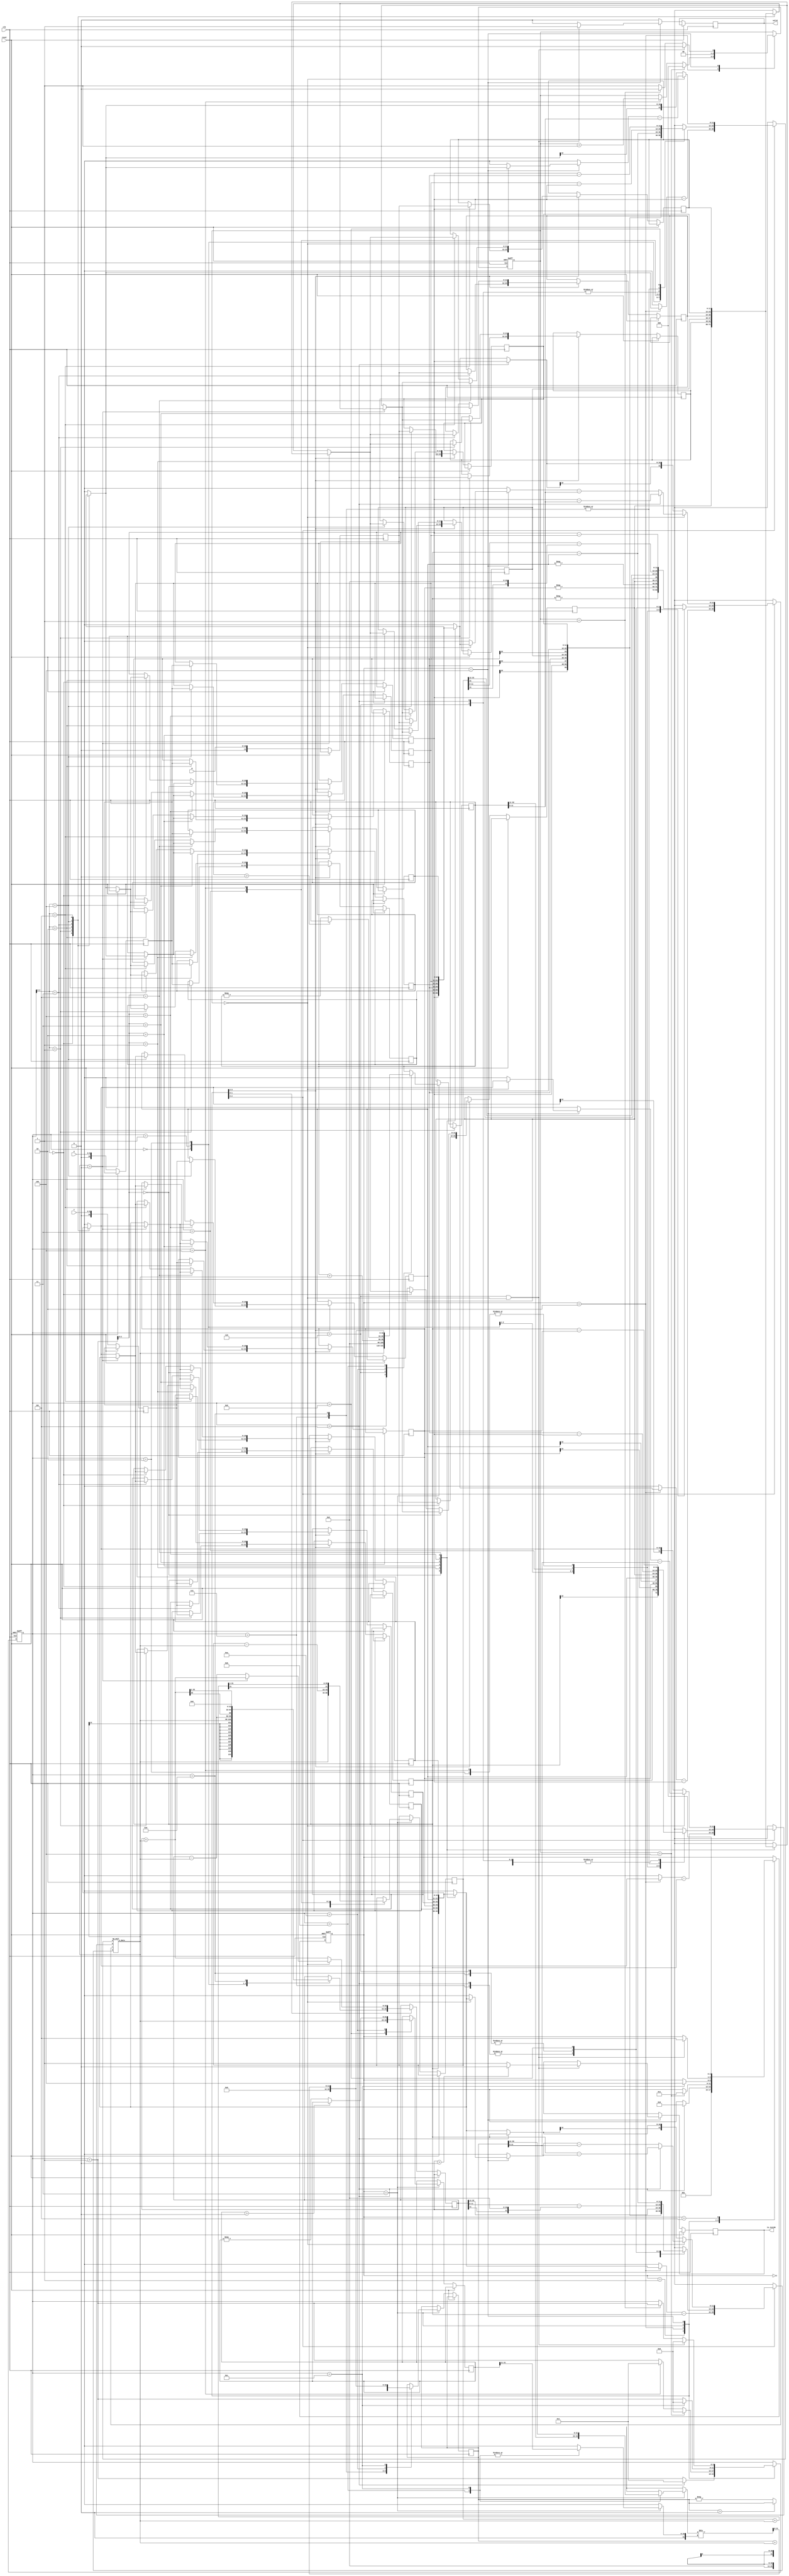
module geofence ( clk,reset,X,Y,R,valid,is_inside);
input clk;
input reset;
input [9:0] X;
input [9:0] Y;
input [10:0] R;
output valid;
output is_inside;

parameter S_IDLE = 0;
parameter S_COLLECT = 1;
parameter S_SORT = 2;
parameter S_COORD = 3;
parameter S_FINAL = 4;
parameter S_WAIT = 5;
parameter S_DIVX = 6;
parameter S_DIVY = 7;

reg signed [10:0] X_r;
reg signed [10:0] Y_r;
reg signed [11:0] R_r;

reg signed [10:0] X_ary [0:5], X_ary_r [0:5];
reg signed [10:0] Y_ary [0:5], Y_ary_r [0:5];
reg signed [11:0] R_ary [0:5], R_ary_r [0:5];

reg [2:0] state, state_r;
reg [5:0] counter, counter_r;
reg [2:0] counter2, counter2_r;

reg signed [11:0] a, b, c, d;
wire signed [21:0] o_data;
reg signed [21:0] DET, DET_r;

reg signed [21:0] B4, B4_r, DIF_r, DIF;
reg signed [32:0] B2, B2_r;
reg signed [32:0] X_ref, Y_ref, X_ref_r, Y_ref_r;
reg signed [11:0] X_ref_norm, Y_ref_norm, X_ref_norm_r, Y_ref_norm_r;


reg valid_r, valid_w;
reg is_inside_r, is_inside_w;

reg [21:0] top;
reg [11:0] down;
wire [11:0] div_data;

assign div_data = (top / down);

integer i;

op_unit u_op_unit(
	.a(a),
	.b(b),
	.c(c),
	.d(d),
	.o_data(o_data)
);

// debug mode
// task cal_R;
// 	input signed [21:0] X_0;
// 	input signed [21:0] Y_0;
// 	input signed [21:0] X_ref;
// 	input signed [21:0] Y_ref;
// 	input signed [21:0] R_0;
// 	begin
// 		$display("R is %d for (%d,%d) %d", $sqrt((X_0-X_ref)*(X_0-X_ref)+(Y_0-Y_ref)*(Y_0-Y_ref)), X_0, Y_0, R_0);	
// 	end
// endtask

// always @(negedge clk) begin
// 	case(state_r)
// 		S_IDLE: begin
// 		end
// 		S_COLLECT: begin
// 			if(state == S_SORT) begin
// 				$display("Values in X_ary");
// 				$display("%d %d %d %d %d %d", X_ary[0], X_ary[1], X_ary[2], X_ary[3], X_ary[4], X_ary[5]);	
// 				$display("--------------------");
// 			end
// 		end
// 		S_SORT: begin
// 			// $display("Check (%d,%d) & (%d,%d) op %d SWAP? %d",a,b,c,d,o_data,o_data>0);
// 			// $display("Get (%d,%d) & (%d,%d) with ref (%d,%d)",X_ary_r[counter_r],Y_ary_r[counter_r],X_ary_r[counter_r+1],Y_ary_r[counter_r+1],X_ary_r[0],Y_ary_r[0]);
// 			// $display("%d %d %d %d %d %d", X_ary[0], X_ary[1], X_ary[2], X_ary[3], X_ary[4], X_ary[5]);	
// 			if(state == S_COORD) begin
// 				$display("Values in X_ary after sort");
// 				$display("%d %d %d %d %d %d", X_ary[0], X_ary[1], X_ary[2], X_ary[3], X_ary[4], X_ary[5]);	
// 				$display("--------------------");
// 			end
// 		end
// 		S_COORD: begin
// 			if(state == S_FINAL) begin
// 				$display("Getting (%d,%d) %d", X_ary_r[0], Y_ary_r[0], R_ary_r[0]);
// 				$display("Getting (%d,%d) %d", X_ary_r[2], Y_ary_r[2], R_ary_r[2]);
// 				$display("Getting (%d,%d) %d", X_ary_r[4], Y_ary_r[4], R_ary_r[4]);
// 				$display("The reference point is at (%d,%d)", X_ref, Y_ref);
// 				cal_R(X_ary_r[0],Y_ary_r[0],X_ref,Y_ref,R_ary_r[0]);
// 				cal_R(X_ary_r[1],Y_ary_r[1],X_ref,Y_ref,R_ary_r[1]);
// 				cal_R(X_ary_r[2],Y_ary_r[2],X_ref,Y_ref,R_ary_r[2]);
// 				cal_R(X_ary_r[3],Y_ary_r[3],X_ref,Y_ref,R_ary_r[3]);
// 				cal_R(X_ary_r[4],Y_ary_r[4],X_ref,Y_ref,R_ary_r[4]);
// 				cal_R(X_ary_r[5],Y_ary_r[5],X_ref,Y_ref,R_ary_r[5]);
// 				$display("X,Y ref are (%d,%d)", X_ref_r, Y_ref_r);
// 			end
// 		end
// 		S_FINAL: begin
// 			$display("o_data:%d B2_r:%d", o_data, B2_r);
// 		end
// 	endcase
	
// end



wire signed [11:0] cur_X, cur_Y, cur_R;
wire signed [11:0] next_X, next_Y, next_R;

assign valid = valid_r;
assign is_inside = is_inside_r;
assign cur_X = X_ary_r[counter_r];
assign cur_Y = Y_ary_r[counter_r];
assign cur_R = R_ary_r[counter_r];
assign next_X = X_ary_r[counter_r+1];
assign next_Y = Y_ary_r[counter_r+1];
assign next_R = R_ary_r[counter_r+1];

always @(*) begin
	state = state_r;
	counter = counter_r;
	counter2 = counter2_r;
	for(i=0;i<6;i=i+1) begin
		X_ary[i] = X_ary_r[i];
		Y_ary[i] = Y_ary_r[i];
		R_ary[i] = R_ary_r[i];
	end
	a = 11'sbx;
	b = 11'sbx;
	c = 11'sbx;
	d = 11'sbx;
	B4 = B4_r;
	B2 = B2_r;
	X_ref = X_ref_r;
	Y_ref = Y_ref_r;
	X_ref_norm = X_ref_norm_r;
	Y_ref_norm = Y_ref_norm_r;
	DIF = DIF_r;
	valid_w = 0;
	is_inside_w = 1'bx;
	DET = DET_r;
	top = 11'bx;
	down = 11'bx;
	case(state_r)
		S_IDLE: begin
			state = S_COLLECT;
			X_ref_norm = 0;
			Y_ref_norm = 0;
		end
		S_COLLECT: begin
			counter = counter_r + 1;
			X_ary[counter_r] = X_r;
			Y_ary[counter_r] = Y_r;
			R_ary[counter_r] = R_r; 
			if(counter_r == 5) state = S_SORT;
			if(counter_r == 5) counter = 1;
		end
		S_SORT: begin
			a = X_ary_r[counter_r] - X_ary_r[0];
			b = Y_ary_r[counter_r] - Y_ary_r[0];
			c = X_ary_r[counter_r+1] - X_ary_r[0];
			d = Y_ary_r[counter_r+1] - Y_ary_r[0];
			// swap if +
			X_ary[counter_r] = (o_data > 0) ? next_X : cur_X;
			Y_ary[counter_r] = (o_data > 0) ? next_Y : cur_Y;
			R_ary[counter_r] = (o_data > 0) ? next_R : cur_R;
			X_ary[counter_r+1] = (o_data > 0) ? cur_X : next_X;
			Y_ary[counter_r+1] = (o_data > 0) ? cur_Y : next_Y;
			R_ary[counter_r+1] = (o_data > 0) ? cur_R : next_R;
			// counter update 
			counter = (counter2_r == 4) ? 0 : (counter_r == 4) ? 1 : counter_r + 1;
			counter2 = (counter2_r == 4) ? 0 : (counter_r == 4) ? counter2_r + 1 : counter2_r;
			if(counter2_r == 4) state = S_COORD;
		end
		S_COORD: begin
			counter = counter_r + 1;
			case(counter_r) 
				0: begin // P0^2
					a = X_ary_r[0];
					b = Y_ary_r[0];
					c = -Y_ary_r[0];
					d = X_ary_r[0];
					B2 = o_data;
					B4 = o_data;
				end
				1: begin // P2^2
					a = X_ary_r[2];
					b = Y_ary_r[2];
					c = -Y_ary_r[2];
					d = X_ary_r[2];
					B2 = B2_r - o_data;
				end
				2: begin // R2^2-R0^2
					a = R_ary_r[2];
					b = R_ary_r[0];
					c = R_ary_r[0];
					d = R_ary_r[2];
					B2 = (B2_r + o_data) >>> 1;
				end
				3: begin // P2^2
					a = X_ary_r[4];
					b = Y_ary_r[4];
					c = -Y_ary_r[4];
					d = X_ary_r[4];
					B4 = B4_r - o_data;
				end
				4: begin // R2^2-R0^2
					a = R_ary_r[4];
					b = R_ary_r[0];
					c = R_ary_r[0];
					d = R_ary_r[4];
					B4 = (B4_r + o_data) >>> 1;
				end
				5: begin
					a = Y_ary_r[0] - Y_ary_r[4];
					b = Y_ary_r[0] - Y_ary_r[2];
					c = B4_r >>> 11;
					d = B2_r >>> 11;
					X_ref = o_data <<< 11;
				end
				6: begin
					a = Y_ary_r[0] - Y_ary_r[4];
					b = Y_ary_r[0] - Y_ary_r[2];
					c = B4_r - ((B4_r >>> 11) <<< 11);
					d = B2_r - ((B2_r >>> 11) <<< 11);
					X_ref = X_ref_r + o_data;
				end
				7: begin
					a = X_ary_r[4] - X_ary_r[0];
					b = X_ary_r[2] - X_ary_r[0];
					c = (B4_r >>> 11);
					d = (B2_r >>> 11);
					Y_ref = o_data <<< 11;
				end
				8: begin
					a = X_ary_r[4] - X_ary_r[0];
					b = X_ary_r[2] - X_ary_r[0];
					c = B4_r - ((B4_r >>> 11) <<< 11);
					d = B2_r - ((B2_r >>> 11) <<< 11);
					Y_ref = Y_ref_r + o_data;
					B2 = 0;
				end
				9: begin
					a = X_ary_r[0] - X_ary_r[2];
					b = Y_ary_r[0] - Y_ary_r[2];
					c = X_ary_r[0] - X_ary_r[4];
					d = Y_ary_r[0] - Y_ary_r[4];
					DET = o_data;
				end
				10: begin
					X_ref = (X_ref_r > 0) ? X_ref_r : -X_ref;
					Y_ref = (Y_ref_r > 0) ? Y_ref_r : -Y_ref;
					DET = (DET_r > 0) ? DET_r : -DET_r;
				end
				11: begin
					top = X_ref_r[32-:22];
					down = DET[21-:11];
					X_ref = div_data;
				end
				12: begin
					top = Y_ref_r[32-:22];
					down = DET[21-:11];
					Y_ref = div_data;
				end
			endcase
			if(counter_r == 12) state = S_FINAL;
			if(counter_r == 12) counter = 0;
		end
		// S_DIVX: begin
		// 	// (33b/22b)
		// 	counter = counter_r + 1;
		// 	if(X_ref_r > (DET_r <<< 1) ) begin
		// 		X_ref = (X_ref_r >>> 1); 
		// 		counter2 = counter_r + 1;
		// 	end
		// 	else if(X_ref_r > DET_r ) begin
		// 		X_ref = X_ref_r - DET_r; 
		// 		X_ref_norm = (X_ref_norm_r <<< 1) + 1;
		// 		DET = (DET_r >>> 1);
		// 	end
		// 	else begin
		// 		state = S_DIVY;
		// 		counter = 0;
		// 		counter2 = 0;
		// 		X_ref_norm = (X_ref_norm_r <<< counter2_r);
		// 	end
		// 	$display("%d %d %d",X_ref_norm, X_ref_r, counter2_r);
		// end
		// S_DIVY: begin
		// 	counter = counter_r + 1;
		// 	if(Y_ref_r > (DET_r <<< 1) ) begin
		// 		Y_ref = (Y_ref_r >>> 1); 
		// 		counter2 = counter_r + 1;
		// 	end
		// 	else if(Y_ref_r > DET_r ) begin
		// 		Y_ref = Y_ref_r - DET_r; 
		// 		Y_ref_norm = (Y_ref_norm_r <<< 1) + 1;
		// 		DET = (DET_r >>> 1);
		// 	end
		// 	else begin
		// 		Y_ref_norm = (Y_ref_norm_r <<< 1);
		// 		DET = (DET_r >>> 1);
		// 	end
		// 	if(counter_r == 10) state = S_FINAL;
		// 	if(counter_r == 10) counter = 0;
		// 	if(counter_r == 10) counter2 = 0;
		// 	if(counter_r == 10) Y_ref_norm = (Y_ref_norm_r <<< counter2_r);
		// end
		S_FINAL: begin
			counter = (counter2_r == 1) ? counter_r + 1 : counter_r;
			counter2 = (counter2_r == 1) ? 0 : 1;
			if(counter2_r == 0) begin
				a = X_ary_r[counter_r] - X_ref;
				b = Y_ary_r[counter_r] - Y_ref;
				c = (counter_r == 5) ? (X_ary_r[0] - X_ref) : (X_ary_r[counter_r+1] - X_ref);
				d = (counter_r == 5) ? (Y_ary_r[0] - Y_ref) : (Y_ary_r[counter_r+1] - Y_ref);
				B2 = (o_data > 0) ? B2_r + o_data : B2_r - o_data;
			end
			else begin
				a = X_ary_r[counter_r];
				b = Y_ary_r[counter_r];
				c = (counter_r == 5) ? X_ary_r[0] : X_ary_r[counter_r+1];
				d = (counter_r == 5) ? Y_ary_r[0] : Y_ary_r[counter_r+1];
				B2 = B2_r + o_data;
			end
			if(counter_r == 6 && counter2_r == 0) begin
				is_inside_w = (B2_r > 0) ? 0 : 1;
				valid_w = 1;
				state = S_WAIT;
				counter = 0;
				counter2 = 0;
			end
		end
		S_WAIT: begin
			state = S_IDLE;
		end
	endcase
end

always @(posedge clk or posedge reset) begin
	if(reset) begin
		state_r <= S_IDLE;
		counter_r <= 0;
		counter2_r <= 0;
		X_ref_norm_r <= 0;
		Y_ref_norm_r <= 0;
	end
	else begin
		for(i=0;i<6;i=i+1) begin
			X_ary_r[i] <= X_ary[i];
			Y_ary_r[i] <= Y_ary[i];
			R_ary_r[i] <= R_ary[i];
		end
		X_r <= $signed({1'b0,X});
		Y_r <= $signed({1'b0,Y});
		R_r <= $signed({1'b0,R});
		state_r <= state;
		counter_r <= counter;
		counter2_r <= counter2;
		B2_r <= B2;
		B4_r <= B4;
		X_ref_r <= X_ref;
		Y_ref_r <= Y_ref;
		X_ref_norm_r <= X_ref_norm;
		Y_ref_norm_r <= Y_ref_norm;
		valid_r <= valid_w;
		is_inside_r <= is_inside_w;
		DET_r <= DET;
	end
end


endmodule

module op_unit(
	a,
	b,
	c,
	d,
	o_data
);

// | a b |
// | c d |

input signed [11:0] a, b, c, d;
output signed [21:0] o_data;

assign o_data = a*d - b*c;

endmodule